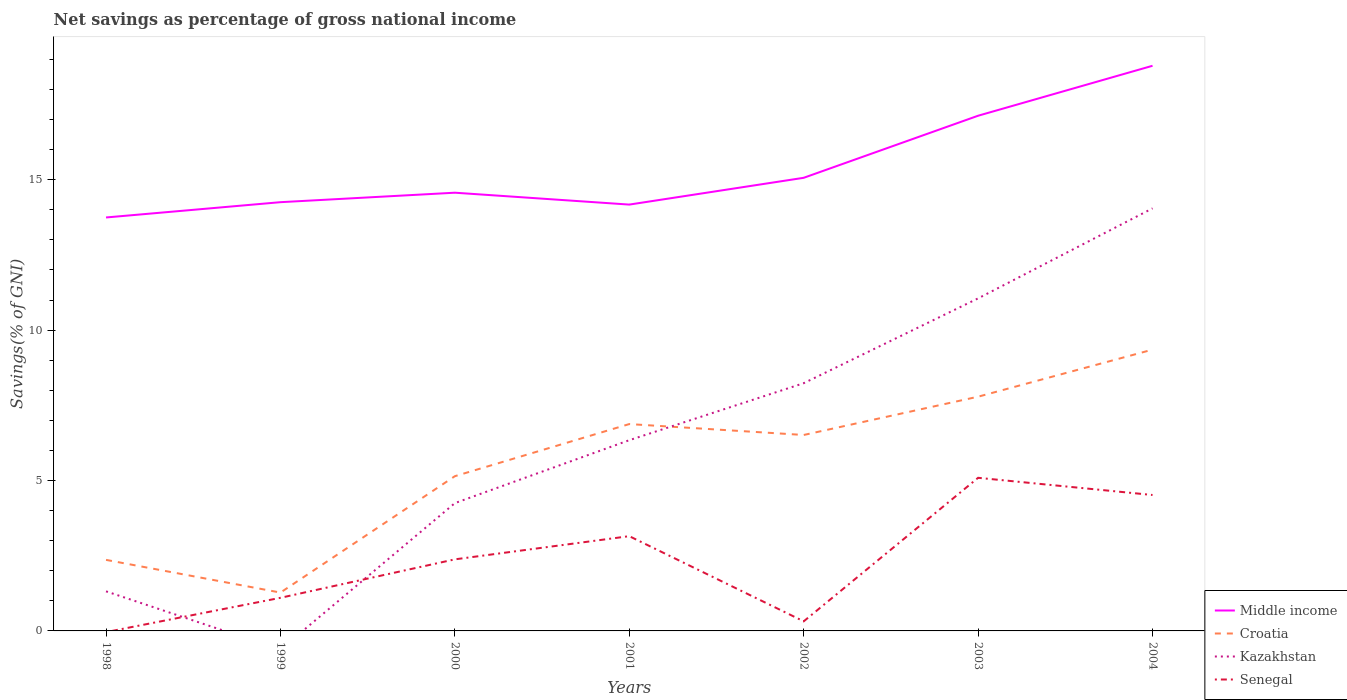
| Years | Middle income | Croatia | Kazakhstan | Senegal |
 | --- | --- | --- | --- | --- |
 | 1998 | 13.7 | 2.36 | 1.32 | -0.0394 |
 | 1999 | 14.3 | 1.28 | -0.622 | 1.1 |
 | 2000 | 14.6 | 5.14 | 4.25 | 2.38 |
 | 2001 | 14.2 | 6.88 | 6.34 | 3.15 |
 | 2002 | 15.1 | 6.51 | 8.24 | 0.318 |
 | 2003 | 17.1 | 7.79 | 11.1 | 5.09 |
 | 2004 | 18.8 | 9.35 | 14 | 4.52 |